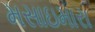
મસાઇમારા